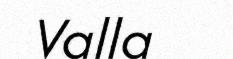
Valla